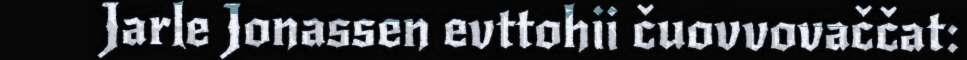
Jarle Jonassen evttohii čuovvovaččat: